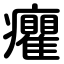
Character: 癯